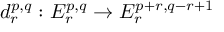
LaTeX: d _ { r } ^ { p , q } : E _ { r } ^ { p , q } \rightarrow E _ { r } ^ { p + r , q - r + 1 }